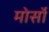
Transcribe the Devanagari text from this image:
मोर्सो